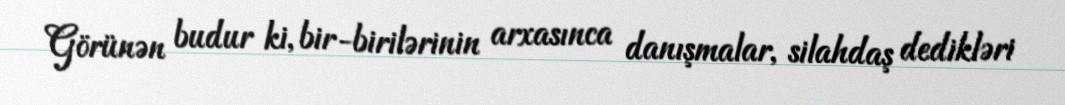
Görünən budur ki, bir-birilərinin arxasınca danışmalar, silahdaş dedikləri